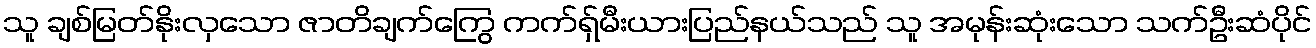
သူ ချစ်မြတ်နိုးလှသော ဇာတိချက်ကြွေ ကက်ရှ်မီးယားပြည်နယ်သည် သူ အမုန်းဆုံးသော သက်ဦးဆံပိုင်